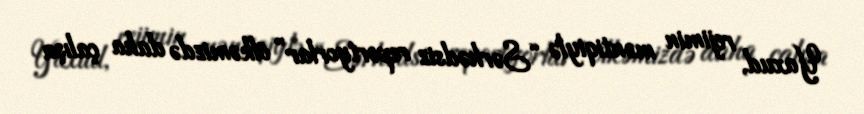
Yaxud, rejimin məntiqiylə “Sərhədsiz reportyorlar” ölkəmizdə daha çalışa